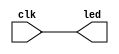
module plight(
	      input  clk,
	      output led);
   
   assign led = clk;
endmodule // plight

module test;
   reg clk;
   wire led;
  
   plight pled(clk, led);
   always #2 clk = ~clk;
   initial begin
      $dumpvars(0, pled);
      clk <= 1'b0;
      #500;
      $finish;
   end
endmodule // test